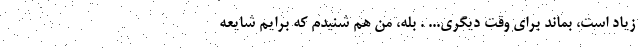
زياد است، بماند براي وقت ديگري... . بله، من هم شنيدم كه برايم شايعه